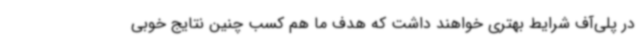
در پلی‌آف شرایط بهتری خواهند داشت که هدف ما هم کسب چنین نتایج خوبی